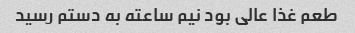
طعم غذا عالی بود نیم ساعته به دستم رسید